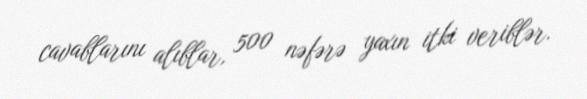
cavablarını alıblar, 500 nəfərə yaxın itki veriblər.